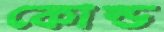
কোল্ড